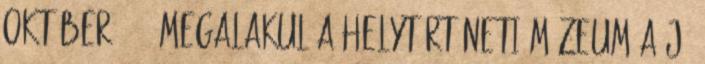
október 4. – Megalakul a Helytörténeti Múzeum a Jó